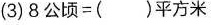
(3)8公顷=()平方米